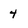
Character: 4